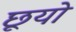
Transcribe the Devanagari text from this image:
छूयो